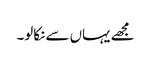
مجھے یہاں سے نکالو۔